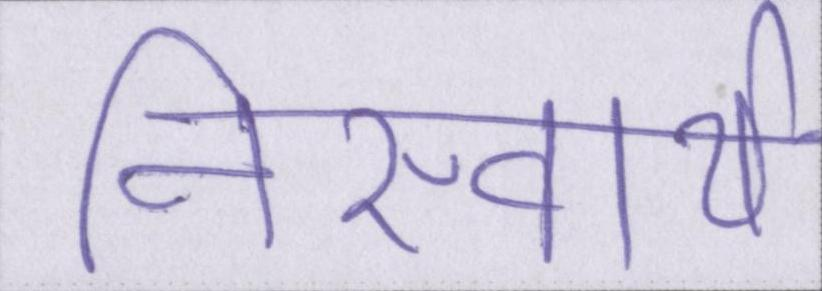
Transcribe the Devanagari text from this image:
निस्वार्थ